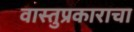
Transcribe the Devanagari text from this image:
वास्तुप्रकाराचा